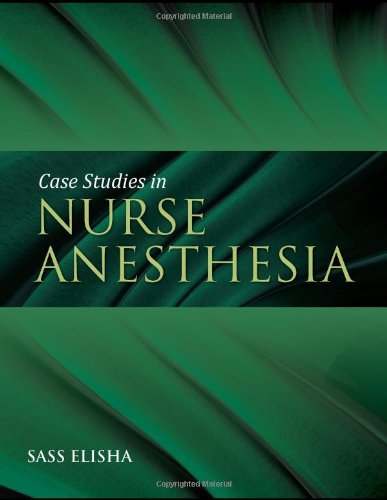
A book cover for Case Studies In Nurse Anesthesia; Sass Elisha; Medical Books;